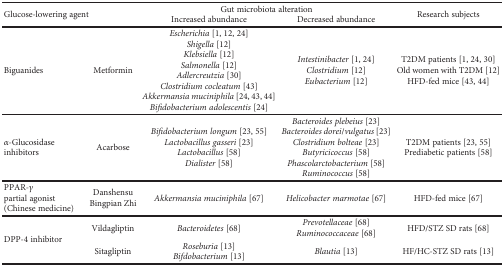
<table><thead><tr><td rowspan="2" colspan="2"><b>Glucose-lowering agent</b></td><td colspan="2"><b>Gut microbiota alteration</b></td><td rowspan="2"><b>Research subjects</b></td></tr><tr><td><b>Increased abundance</b></td><td><b>Decreased abundance</b></td></tr></thead><tbody><tr><td>Biguanides</td><td>Metformin</td><td><i>Escherichia</i> [1, 12, 24]<i>Shigella</i> [12]<i>Klebsiella</i> [12]<i>Salmonella</i> [12]<i>Adlercreutzia</i> [30]<i>Clostridium cocleatum</i> [43]<i>Akkermansia muciniphila</i> [24, 43, 44]<i>Bifidobacterium adolescentis</i> [24]</td><td><i>Intestinibacter</i> [1, 24]<i>Clostridium</i> [12]<i>Eubacterium</i> [12]</td><td>T2DM patients [1, 24, 30]Old women with T2DM [12]HFD-fed mice [43, 44]</td></tr><tr><td><i>α</i>-Glucosidase inhibitors</td><td>Acarbose</td><td><i>Bifidobacterium longum</i> [23, 55]<i>Lactobacillus gasseri</i> [23]<i>Lactobacillus</i> [58]<i>Dialister</i> [58]</td><td><i>Bacteroides plebeius</i> [23]<i>Bacteroides dorei/vulgatus</i> [23]<i>Clostridium bolteae</i> [23]<i>Butyricicoccus</i> [58]<i>Phascolarctobacterium</i> [58]<i>Ruminococcus</i> [58]</td><td>T2DM patients [23, 55]Prediabetic patients [58]</td></tr><tr><td>PPAR-<i>γ</i> partial agonist (Chinese medicine)</td><td>Danshensu Bingpian Zhi</td><td><i>Akkermansia muciniphila</i> [67]</td><td><i>Helicobacter marmotae</i> [67]</td><td>HFD-fed mice [67]</td></tr><tr><td rowspan="2">DPP-4 inhibitor</td><td>Vildagliptin</td><td><i>Bacteroidetes</i> [68]</td><td><i>Prevotellaceae</i> [68]<i>Ruminococcaceae</i> [68]</td><td>HFD/STZ SD rats [68]</td></tr><tr><td>Sitagliptin</td><td><i>Roseburia</i> [13]<i>Bifdobacterium</i> [13]</td><td><i>Blautia</i> [13]</td><td>HF/HC-STZ SD rats [13]</td></tr></tbody></table>